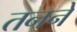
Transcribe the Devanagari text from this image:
तनने